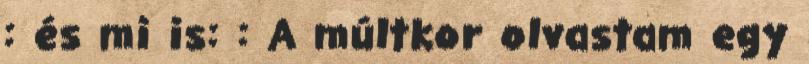
: és mi is: : A múltkor olvastam egy